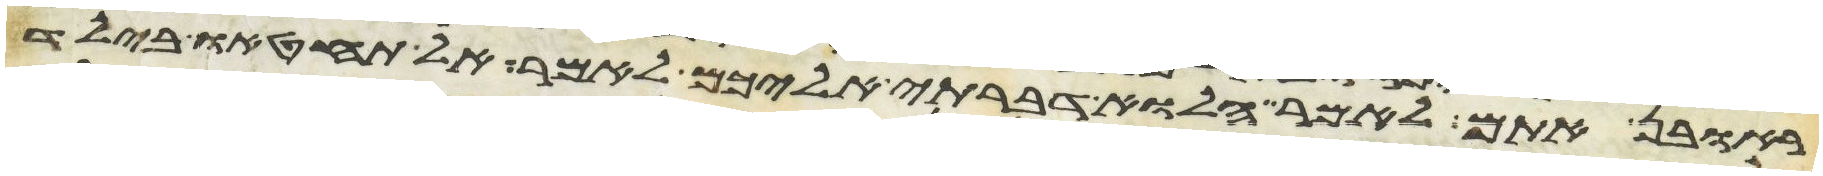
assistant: ראובן אתם לאמר הלוא דברתי אליכם לאמר אל תחטאו בילד